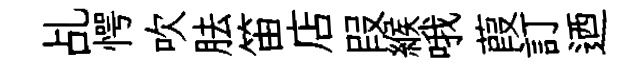
乩愕吹胠笛店叚緱哦葭訂迺